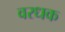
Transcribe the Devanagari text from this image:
वरधक